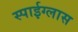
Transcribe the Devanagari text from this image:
स्पाईग्लास